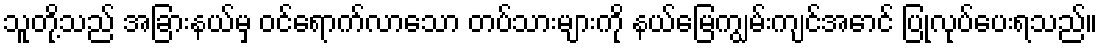
သူတို့သည် အခြားနယ်မှ ဝင်ရောက်လာသော တပ်သားများကို နယ်မြေကျွမ်းကျင်အောင် ပြုလုပ်ပေးရသည်။